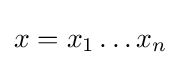
x=x_{1}\dots x_{n}